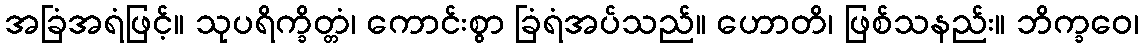
အခြံအရံဖြင့်။ သုပရိက္ခိတ္တံ၊ ကောင်းစွာ ခြံရံအပ်သည်။ ဟောတိ၊ ဖြစ်သနည်း။ ဘိက္ခဝေ၊